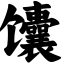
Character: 馕